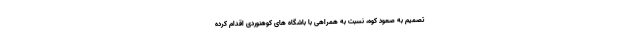
تصمیم به صعود کوه، نسبت به همراهی با باشگاه های کوهنوردی اقدام کرده